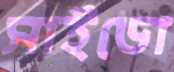
সাইডো